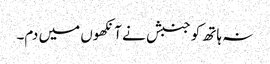
نہ ہاتھ کو جنبش نے آنکھوں میں دم۔